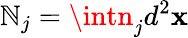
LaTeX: \mathbb{N}_{j}=\intn_{j}d^{2}\mathbf{{x}}